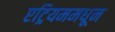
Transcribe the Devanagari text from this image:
एट्रियममधून